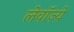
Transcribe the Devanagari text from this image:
लेवॉज़्ये